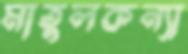
মাতুলকন্যা